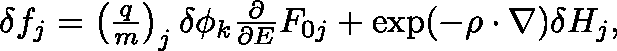
\begin{array} { r } { \delta f _ { j } = \left( \frac { q } { m } \right) _ { j } \delta \phi _ { k } \frac { \partial } { \partial E } F _ { 0 j } + \exp ( - \mathbf { \rho } \cdot \nabla ) \delta H _ { j } , } \end{array}